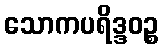
သောကပရိဒ္ဒဝဉ္စ